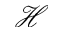
\mathcal { H }